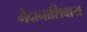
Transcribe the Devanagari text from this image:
मैदानाशिवाय